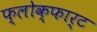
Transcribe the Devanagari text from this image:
फ्लोक्फार्ट